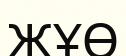
ЖҰӨ